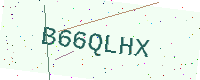
Text: B66QLHX